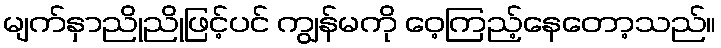
မျက်နှာညိုညိုဖြင့်ပင် ကျွန်မကို ဝေ့ကြည့်နေတော့သည်။